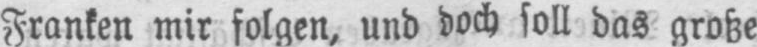
Franken mir folgen, und doch soll das große